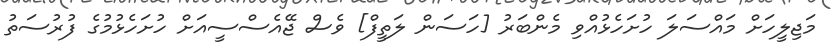
މަޖިލީހަށް މައްސަލަ ހުށަހެޅުއްވި މެންބަރު [ހަސަން ލަތީފް] ވެސް ޖޭއެސްސީއަށް ހުށަހެޅުމުގެ ފުރުސަތު